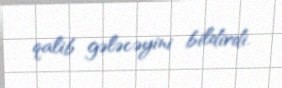
qalib gələcəyini bildirdi.